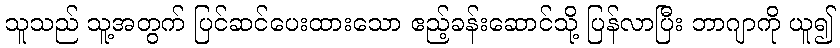
သူသည် သူ့အတွက် ပြင်ဆင်ပေးထားသော ဧည့်ခန်းဆောင်သို့ ပြန်လာပြီး ဘာဂျာကို ယူ၍